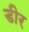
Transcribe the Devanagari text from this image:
डीर